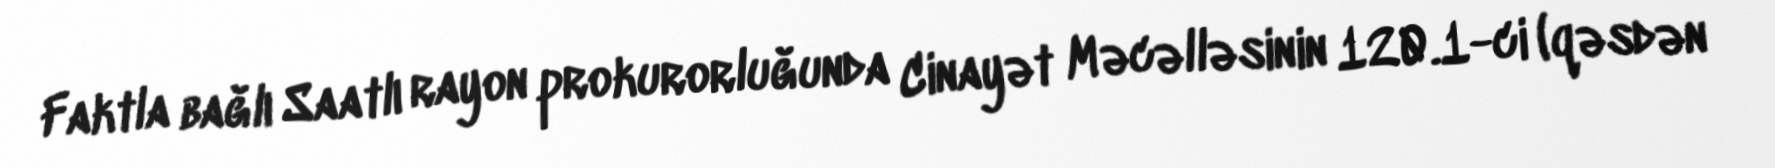
Faktla bağlı Saatlı rayon prokurorluğunda Cinayət Məcəlləsinin 120.1-ci (qəsdən